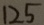
1 2 5